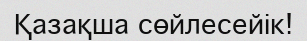
Қазақша сөйлесейік!